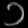
Digit: ၁